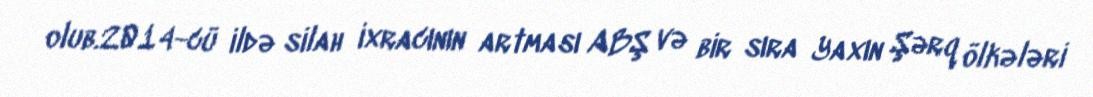
olub.2014-cü ildə silah ixracının artması ABŞ və bir sıra Yaxın Şərq ölkələri